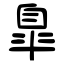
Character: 臯